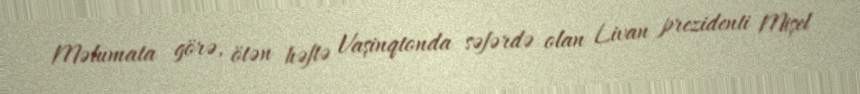
Məlumata görə, ötən həftə Vaşinqtonda səfərdə olan Livan prezidenti Mişel